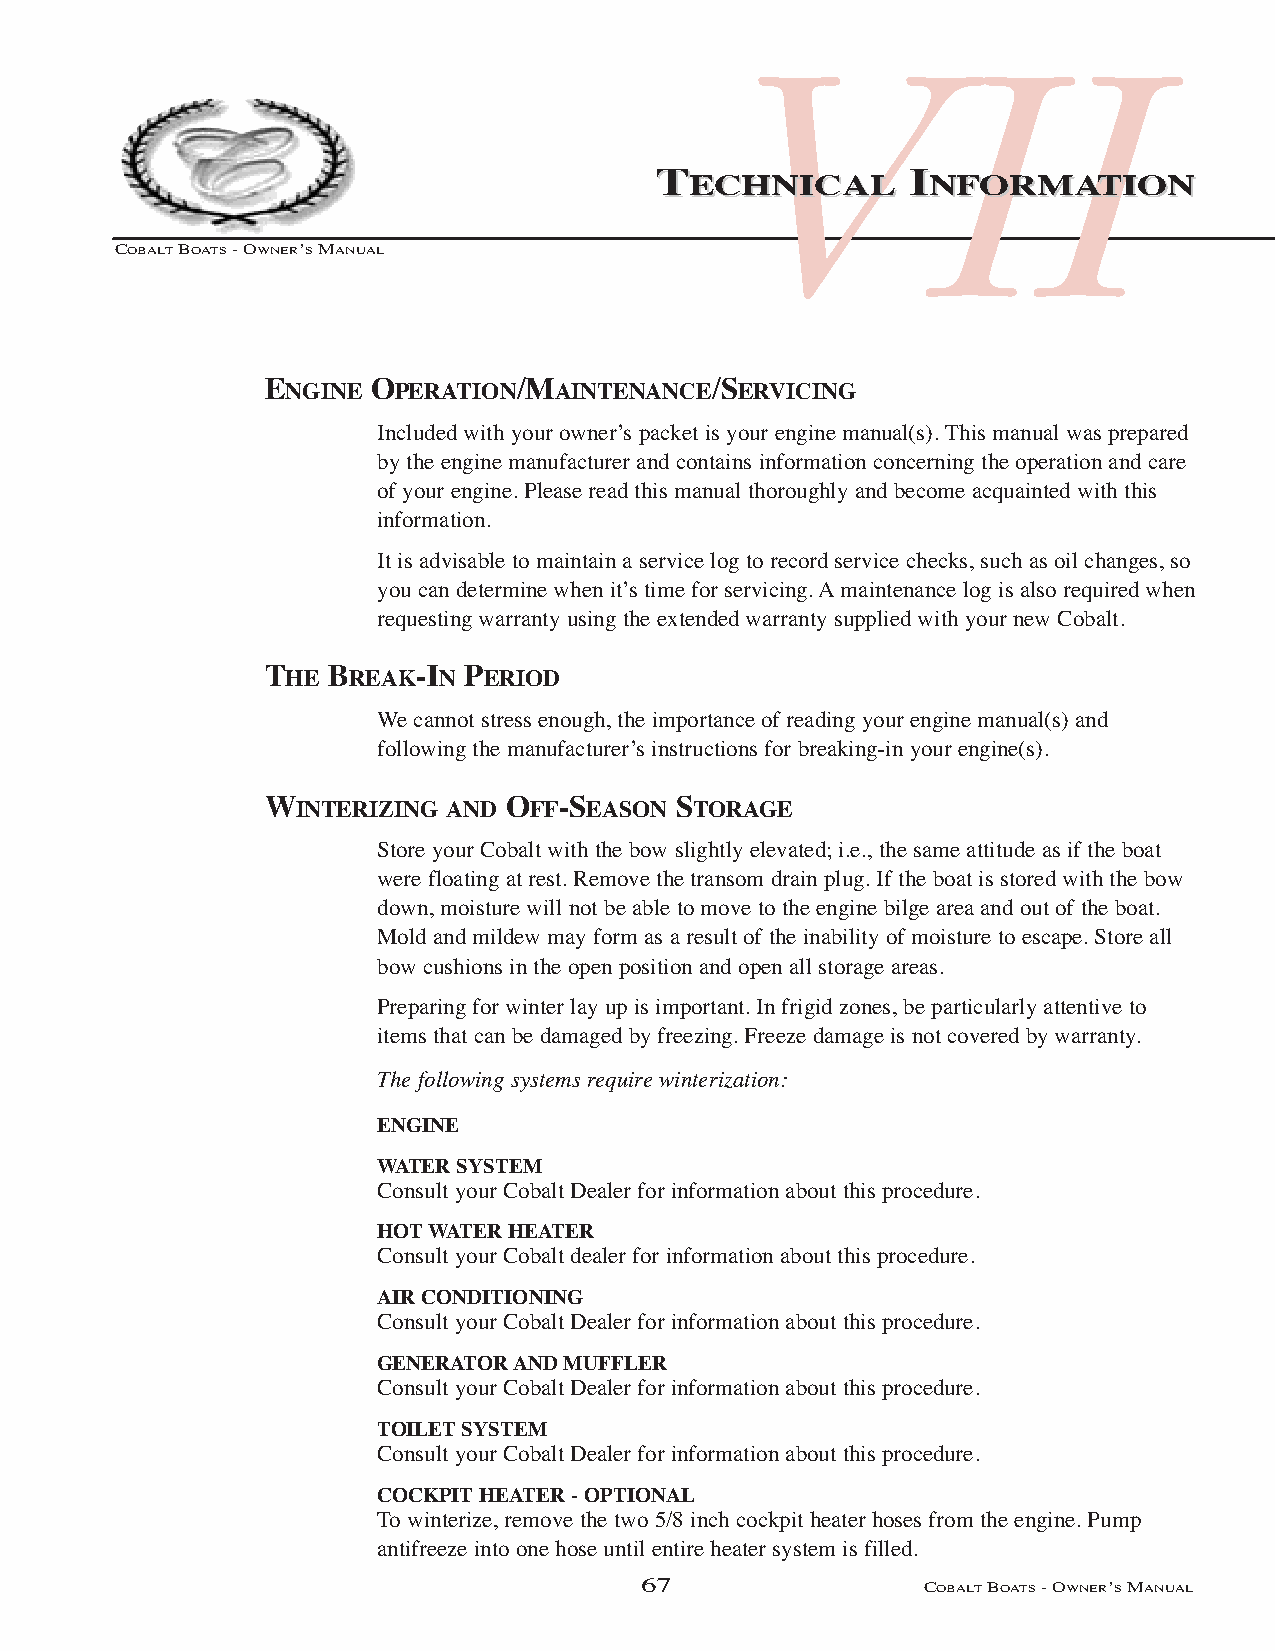
VII
 TTEECCHHNNIICCAALL IINNFFOORRMMAATTIIOONN
 COBALTBOATS- OWNER’SMANUAL
 ENGINE OPERATION/MAINTENANCE/SERVICING
 Included with your owner’s packet is your engine manual(s). This manual was prepared
 by the engine manufacturer and contains information concerning the operation and care
 of your engine. Please read this manual thoroughly and become acquainted with this
 information.
 It is advisable to maintain a service log to record service checks, such as oil changes, so
 you can determine when it’s time for servicing. Amaintenance log is also required when
 requesting warranty using the extended warranty supplied with your new Cobalt.
 THE BREAK-IN PERIOD
 We cannot stress enough, the importance of reading your engine manual(s) and
 following the manufacturer’s instructions for breaking-in your engine(s).
 WINTERIZING AND OFF-SEASON STORAGE
 Store your Cobalt with the bow slightly elevated; i.e., the same attitude as if the boat
 were floating at rest. Remove the transom drain plug. If the boat is stored with the bow
 down, moisture will not be able to move to the engine bilge area and out of the boat.
 Mold and mildew may form as a result of the inability of moisture to escape. Store all
 bow cushions in the open position and open all storage areas.
 Preparing for winter lay up is important. In frigid zones, be particularly attentive to
 items that can be damaged by freezing. Freeze damage is not covered by warranty.
 The following systems require winterization:
 ENGINE
 WATER SYSTEM
 Consult your Cobalt Dealer for information about this procedure.
 HOT WATER HEATER
 Consult your Cobalt dealer for information about this procedure.
 AIR CONDITIONING
 Consult your Cobalt Dealer for information about this procedure.
 GENERATOR AND MUFFLER
 Consult your Cobalt Dealer for information about this procedure.
 TOILET SYSTEM
 Consult your Cobalt Dealer for information about this procedure.
 COCKPIT HEATER - OPTIONAL
 To winterize, remove the two 5/8 inch cockpit heater hoses from the engine. Pump
 antifreeze into one hose until entire heater system is filled.
 67                 COBALTBOATS- OWNER’SMANUAL